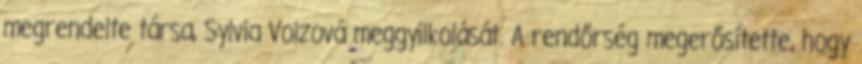
megrendelte társa, Sylvia Volzová meggyilkolását. A rendőrség megerősítette, hogy